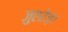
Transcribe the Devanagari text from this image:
जुएरेज़।